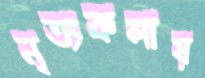
নৃত্যকলায়